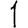
Digit: 1